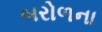
બરોળના